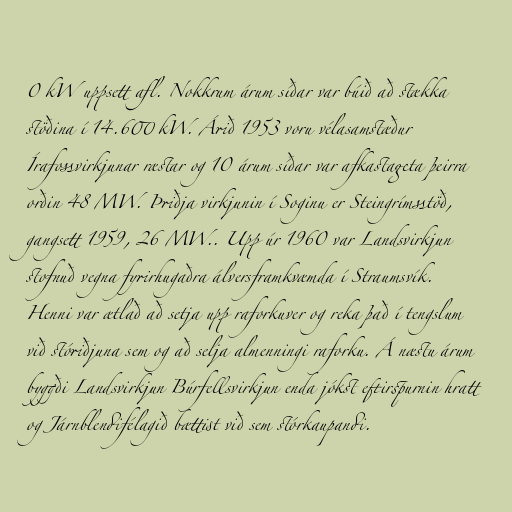
0 kW uppsett afl. Nokkrum árum síðar var búið að stækka
stöðina í 14.600 kW. Árið 1953 voru vélasamstæður
Írafossvirkjunar ræstar og 10 árum síðar var afkastageta þeirra
orðin 48 MW. Þriðja virkjunin í Soginu er Steingrímsstöð,
gangsett 1959, 26 MW.. Upp úr 1960 var Landsvirkjun
stofnuð vegna fyrirhugaðra álversframkvæmda í Straumsvík.
Henni var ætlað að setja upp raforkuver og reka það í tengslum
við stóriðjuna sem og að selja almenningi raforku. Á næstu árum
byggði Landsvirkjun Búrfellsvirkjun enda jókst eftirspurnin hratt
og Járnblendifélagið bættist við sem stórkaupandi.